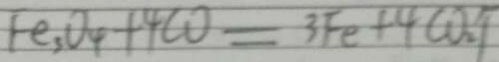
F e _ { 3 } O _ { 4 } + 4 C O = 3 F e + 4 C O _ { 2 } \uparrow